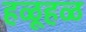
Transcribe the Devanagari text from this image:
हळूहळ